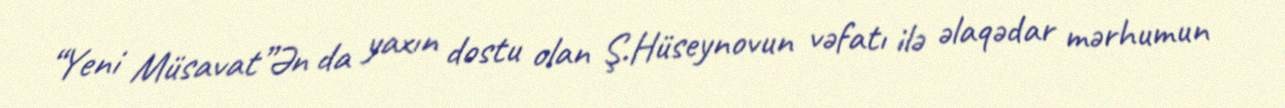
“Yeni Müsavat”Ən da yaxın dostu olan Ş.Hüseynovun vəfatı ilə əlaqədar mərhumun